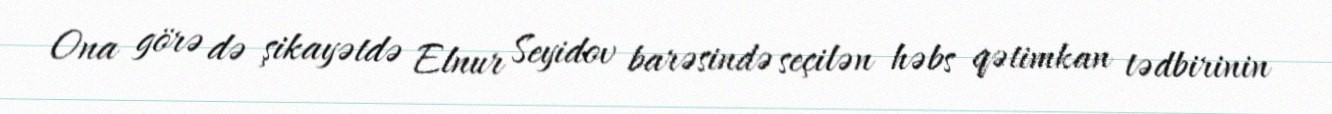
Ona görə də şikayətdə Elnur Seyidov barəsində seçilən həbs qətimkan tədbirinin